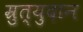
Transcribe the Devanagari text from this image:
म्रुत्युदान